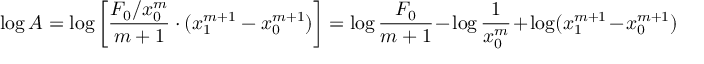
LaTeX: \log A = \log \left[ { \frac { F _ { 0 } / x _ { 0 } ^ { m } } { m + 1 } } \cdot ( x _ { 1 } ^ { m + 1 } - x _ { 0 } ^ { m + 1 } ) \right] = \log { \frac { F _ { 0 } } { m + 1 } } - \log { \frac { 1 } { x _ { 0 } ^ { m } } } + \log ( x _ { 1 } ^ { m + 1 } - x _ { 0 } ^ { m + 1 } )